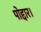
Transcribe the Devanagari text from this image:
पोद्दार।